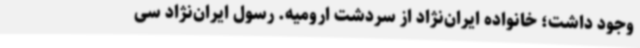
وجود داشت؛ خانواده ایران‌نژاد از سردشت ارومیه. رسول ایران‌نژاد سی